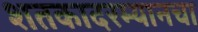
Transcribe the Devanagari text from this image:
शतकादरम्यानचा